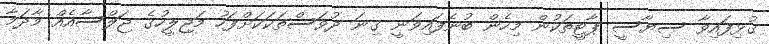
ގުޅިފައިވާ ސިޔާސީ ޕާޓީތަކުން މިހެން ބުނެފައިވަނީ ގިނަ ދުވަސްތަކަކަށްފަހު މަޖިލީހުގެ ޖަލްސާއެއް މާދަމާ